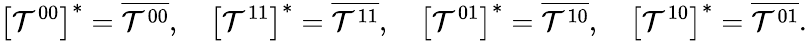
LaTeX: \left[\mathcal{T}^{00}\right]^{*}=\overline{{\mathcal{T}^{00}}},\quad\left[\mathcal{T}^{11}\right]^{*}=\overline{{\mathcal{T}^{11}}},\quad\left[\mathcal{T}^{01}\right]^{*}=\overline{{\mathcal{T}^{10}}},\quad\left[\mathcal{T}^{10}\right]^{*}=\overline{{\mathcal{T}^{01}}}.